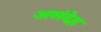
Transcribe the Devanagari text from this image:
असंदेह